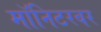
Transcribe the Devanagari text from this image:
मॉनिटरवर